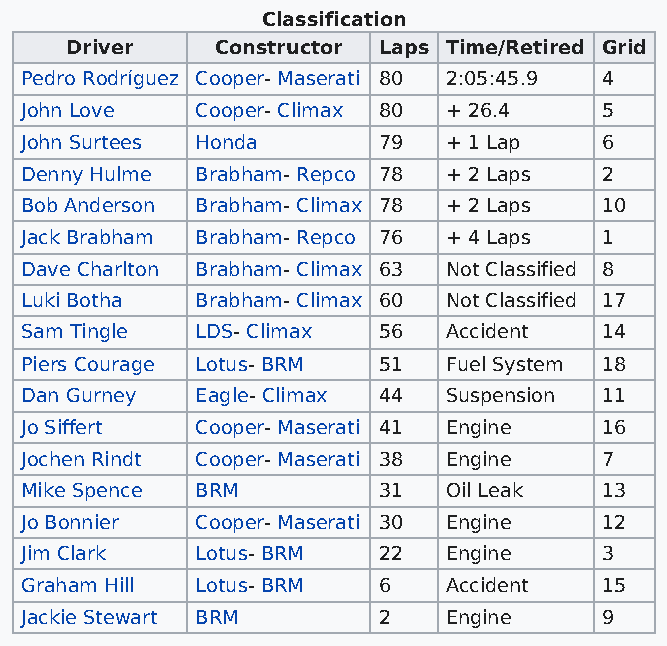
Classification
 Driver    Constructor Laps Time/Retired Grid
 Pedro Rodríguez Cooper- Maserati 80 2:05:45.9 4
 John Love   Cooper- Climax 80 + 26.4   5
 John Surtees Honda      79  + 1 Lap    6
 Denny Hulme Brabham- Repco 78 + 2 Laps 2
 Bob Anderson Brabham- Climax 78 + 2 Laps 10
 Jack Brabham Brabham- Repco 76 + 4 Laps 1
 Dave Charlton Brabham- Climax 63 Not Classified 8
 Luki Botha  Brabham- Climax 60 Not Classified 17
 Sam Tingle  LDS- Climax 56  Accident   14
 Piers Courage Lotus- BRM 51 Fuel System 18
 Dan Gurney  Eagle- Climax 44 Suspension 11
 Jo Siffert  Cooper- Maserati 41 Engine 16
 Jochen Rindt Cooper- Maserati 38 Engine 7
 Mike Spence BRM         31  Oil Leak   13
 Jo Bonnier  Cooper- Maserati 30 Engine 12
 Jim Clark   Lotus- BRM  22  Engine     3
 Graham Hill Lotus- BRM  6   Accident   15
 Jackie Stewart BRM      2   Engine     9